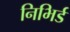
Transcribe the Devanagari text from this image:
निभिर्ड